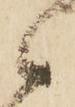
候